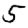
Digit: 5